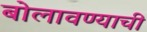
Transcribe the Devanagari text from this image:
बोलावण्याची